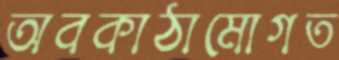
অবকাঠামোগত